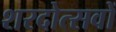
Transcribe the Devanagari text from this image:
शरदोत्सवों